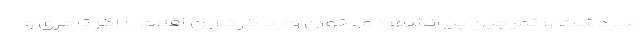
سردشت و تمرچین پیرانشهر» می‌توان وارد کرد این اقلام را اگر تاجری و